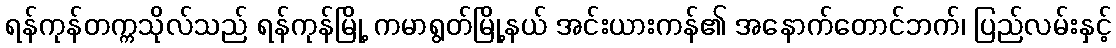
ရန်ကုန်တက္ကသိုလ်သည် ရန်ကုန်မြို့ ကမာရွတ်မြို့နယ် အင်းယားကန်၏ အနောက်တောင်ဘက်၊ ပြည်လမ်းနှင့်